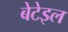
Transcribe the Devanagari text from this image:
बेटेइल